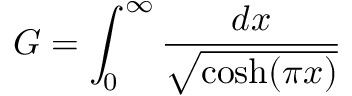
G = \int _ { 0 } ^ { \infty } { \frac { d x } { \sqrt { \cosh ( \pi x ) } } }